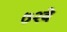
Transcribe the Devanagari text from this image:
७२वे